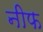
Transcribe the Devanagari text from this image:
नीफ